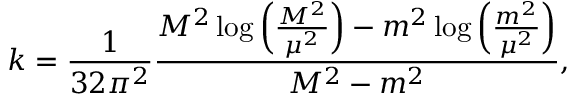
k = \frac { 1 } { 3 2 \pi ^ { 2 } } \frac { M ^ { 2 } \log \left( \frac { M ^ { 2 } } { \mu ^ { 2 } } \right) - m ^ { 2 } \log \left( \frac { m ^ { 2 } } { \mu ^ { 2 } } \right) } { M ^ { 2 } - m ^ { 2 } } ,